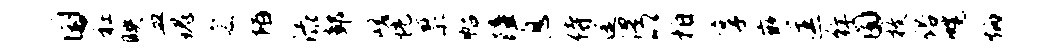
国衽映皿瑰宸陌渌鄣嵯恍禀帖障息侍途澧以拍享嵌匡徉囿枚俗幌炳